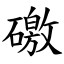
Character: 礉